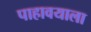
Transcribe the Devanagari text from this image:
पाहावयाला